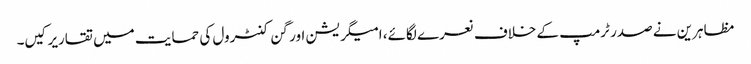
مظاہرین نے صدر ٹرمپ کے خلاف نعرے لگائے، امیگریشن اور گن کنٹرول کی حمایت میں تقاریرکیں۔